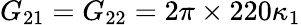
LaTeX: G_{21}=G_{22}=2\pi\times 220\kappa_{1}